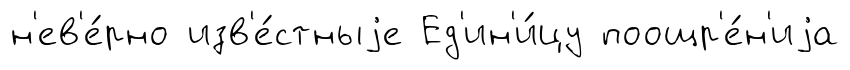
н'ев'е́рно изв'е́стныjе Ед'ин'и́цу поощр'е́н'иjа